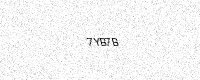
Text: 7YB7B